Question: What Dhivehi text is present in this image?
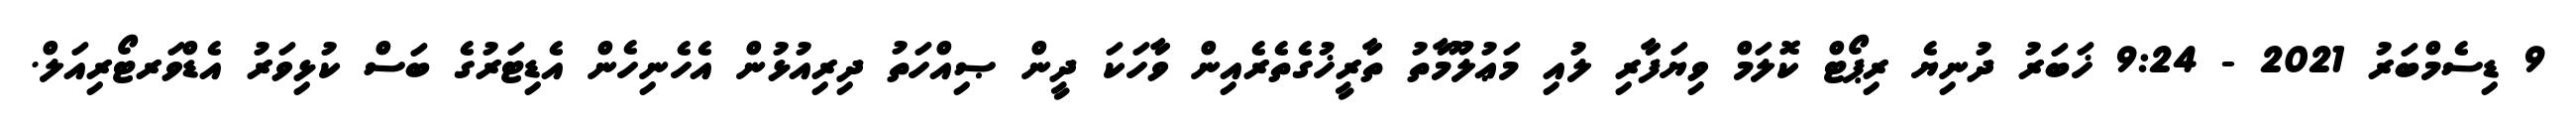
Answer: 9 ޑިސެމްބަރު 2021 - 9:24 ޚަބަރު ދުނިޔެ ރިޕޯޓް ކޮލަމް ވިޔަފާރި ލުއި މަޢުލޫމާތު ތާރީޚުގެތެރެއިން ވާހަކަ ދީން ޞިއްހަތު ދިރިއުޅުން އެހެނިހެން އެޑިޓަރުގެ ބަސް ކުޅިވަރު އެޑްވަރޓޯރިއަލް.